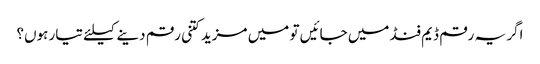
اگر یہ رقم ڈیم فنڈ میں جائیں تو میں مزید کتنی رقم دینے کیلئے تیار ہوں؟